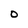
Character: O